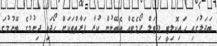
ބަދަލުގައި ހައިކޮލިޓީ ޑިޖިޓަލް ފޯމެޓެއް އެބޭނުން ކުރާ ފަރާތްތަކަށް ހޯދައި ދިނުމުގެ ބޭނުމުގަ